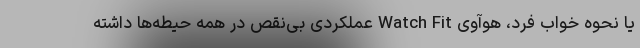
یا نحوه خواب فرد، هوآوی Watch Fit عملکردی بی‌نقص در همه حیطه‌ها داشته